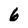
Character: 6